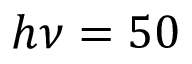
h \nu = 5 0